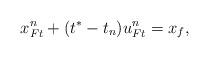
LaTeX: \begin{align*}x_{Ft}^n + (t^* - t_n) u_{Ft}^n = x_f, \end{align*}